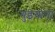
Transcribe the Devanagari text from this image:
गुइयाना